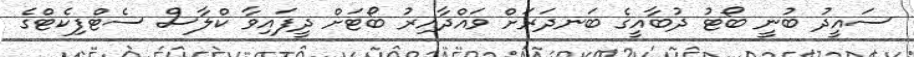
ސައީދު ބުނީ ބޯޓު ދުބާއީގެ ބަނދަރަށް ވައްދާއިރު ބޯޓަށް ދީފައިވާ ކްލާސް ސެޓްފިކެޓްގެ